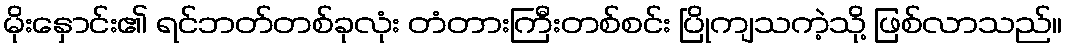
မိုးနှောင်း၏ ရင်ဘတ်တစ်ခုလုံး တံတားကြီးတစ်စင်း ပြိုကျသကဲ့သို့ ဖြစ်လာသည်။